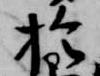
於